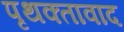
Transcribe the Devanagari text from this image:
पृथक्तावाद